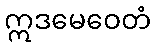
ဣဒမေဝေတံ